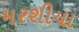
મરશીયા